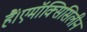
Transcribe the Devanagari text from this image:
हैं।एमॉक्सिसिलीन